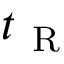
t _ { \mathrm { ~ R ~ } }